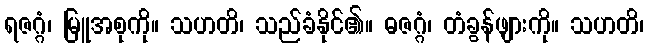
ရဇဂ္ဂံ၊ မြူအစုကို။ သဟတိ၊ သည်ခံနိုင်၏။ ဓဇဂ္ဂံ၊ တံခွန်ဖျားကို။ သဟတိ၊